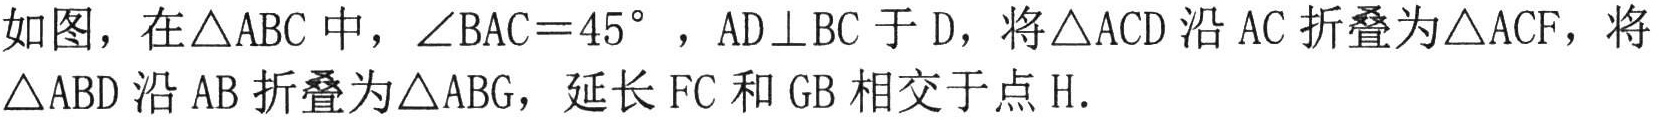
如图，在\(\triangle ABC\)中，\(\angle BAC = 45^{\circ}\) ，\(AD\perp BC\)于\(D\)，将\(\triangle ACD\)沿\(AC\)折叠为\(\triangle ACF\)，将\(\triangle ABD\)沿\(AB\)折叠为\(\triangle ABG\)，延长\(FC\)和\(GB\)相交于点\(H\).